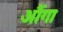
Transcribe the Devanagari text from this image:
औंगा